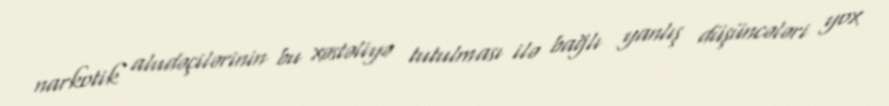
narkotik aludəçilərinin bu xəstəliyə tutulması ilə bağlı yanlış düşüncələri yox